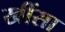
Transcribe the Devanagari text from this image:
खींसा